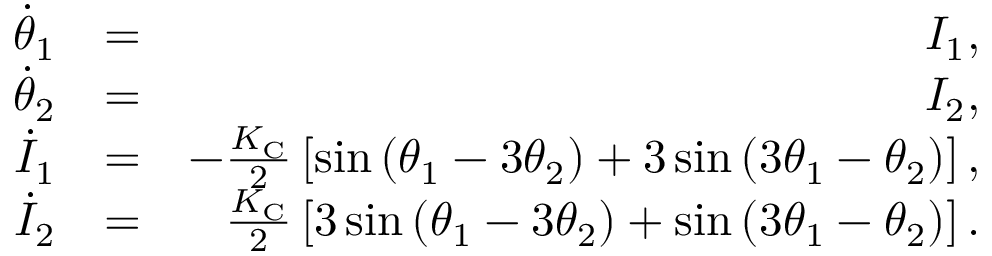
\begin{array} { r l r } { \dot { \theta } _ { 1 } } & { = } & { I _ { 1 } , } \\ { \dot { \theta } _ { 2 } } & { = } & { I _ { 2 } , } \\ { \dot { I } _ { 1 } } & { = } & { - \frac { K _ { \mathrm { C } } } { 2 } \left[ \sin \left( \theta _ { 1 } - 3 \theta _ { 2 } \right) + 3 \sin \left( 3 \theta _ { 1 } - \theta _ { 2 } \right) \right] , } \\ { \dot { I } _ { 2 } } & { = } & { \frac { K _ { \mathrm { C } } } { 2 } \left[ 3 \sin \left( \theta _ { 1 } - 3 \theta _ { 2 } \right) + \sin \left( 3 \theta _ { 1 } - \theta _ { 2 } \right) \right] . } \end{array}